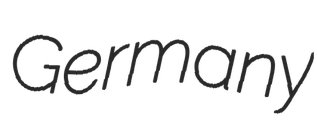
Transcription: Germany